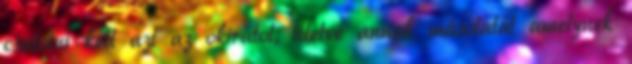
csatolni kell azt az okiratot, illetve annak másolatát amelynek